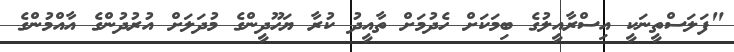
"ފަލަސްތީނަކީ އިސްރާއީލުގެ ބިމަކަށް ހެދުމަށް ތާއީދު ކުރާ ޔަހޫދީންގެ މުދަލަށް އުރުދުންގެ އާއްމުންގެ